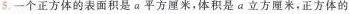
5.一个正方体的表面积是a平方厘米，体积是a立方厘米，正方体的